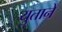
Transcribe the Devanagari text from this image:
युताने